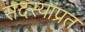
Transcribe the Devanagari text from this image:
सदस्यांप्रत